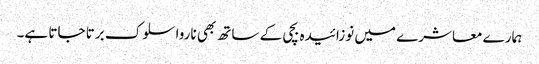
ہمارے معاشرے میں نوزائیدہ بچی کے ساتھ بھی ناروا سلوک برتا جاتا ہے۔